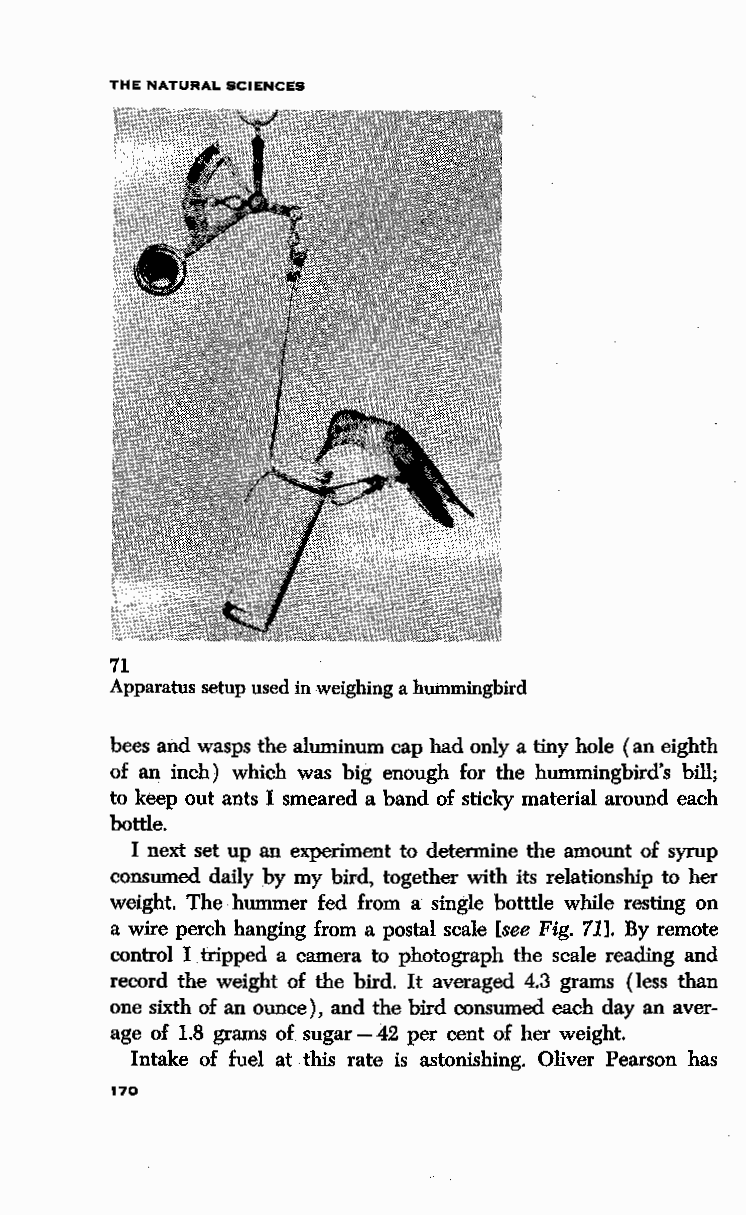
THE NATURAL SCIENCES
 71
 Apparatus setup used in weighing a hummingbird
 bees and wasps the aluminum cap had only a tiny hole (an eighth
 of an inch) which was big enough for the hummingbird's bill;
 to keep out ants I smeared a band of sticky material around each
 bottle.
 I next set up an experiment to determine the amount of syrup
 consumed daily by my bird, together with its relationship to her
 weight. The hummer fed from a single botttle while resting on
 a wire perch hanging from a postal scale [see Fig. 71]. By remote
 control I .t ripped a camera to photograph the scale reading and
 record the weight of the bird. It averaged 4.3 grams (less than
 one sixth of an ounce), and the bird consumed each day an aver
 age of 1.8 grams of sugar - 42 per cent of her weight.
 Intake of fuel at this rate is astonishing. Oliver Pearson has
 170